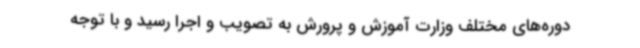
دوره‌های مختلف وزارت آموزش و پرورش به تصویب و اجرا رسید و با توجه